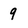
Character: 9